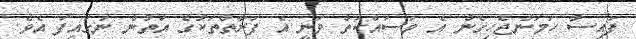
ފައިސާ ހަމަނުޖެހިގެން އެ މަސައްކަތް ވަނީ އެ ފަރާތްތަކުގެ އަތުން ނަގައިފަ އެވެ.